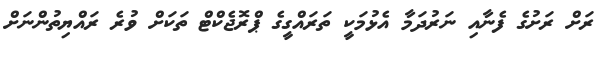
ރަށް ރަށުގެ ފެނާއި ނަރުދަމާ އެޅުމަކީ ތަރައްގީގެ ޕްރޮޖެކްޓް ތަކަށް ވުރެ ރައްޔިތުންނަށް